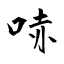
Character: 哧